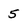
Character: 5